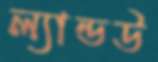
ল্যান্ডউ